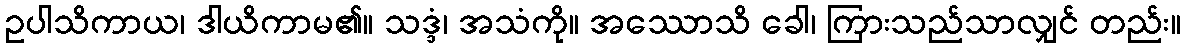
ဥပါသိကာယ၊ ဒါယိကာမ၏။ သဒ္ဒံ၊ အသံကို။ အဿောသိ ခေါ၊ ကြားသည်သာလျှင် တည်း။